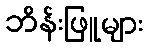
ဘိန်းဖြူများ